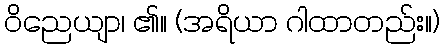
ဝိညေယျာ၊ ၏။ (အရိယာ ဂါထာတည်း။)